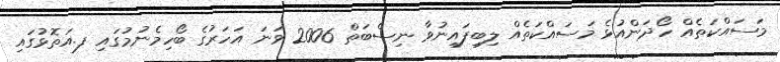
މަސައްކަތެއް ހޯދަންއުޅެ މަސައްކަތެއް ލިބިފައިނުވާ ނިސްބަތް 2006 ވަނަ އަހަރުގެ ބޯހިމެނުމުގައި ފ.އަތޮޅުގައި